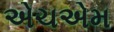
એચએમ